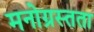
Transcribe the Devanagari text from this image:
मनोग्रस्तता